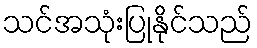
သင်အသုံးပြုနိုင်သည်